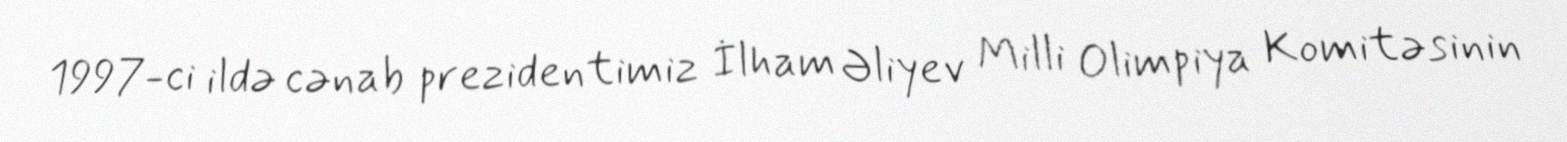
1997-ci ildə cənab prezidentimiz İlham Əliyev Milli Olimpiya Komitəsinin